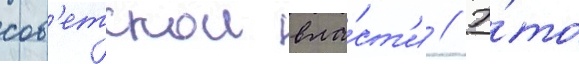
сов'етскои вла́ст'и // Э́то